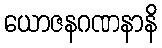
ယောဇနဂဏနာနိ